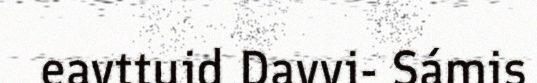
eavttuid Davvi- Sámis